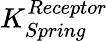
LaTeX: K_{Spring}^{Receptor}